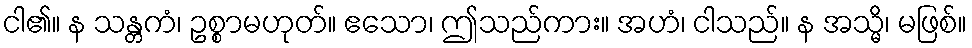
ငါ၏။ န သန္တကံ၊ ဥစ္စာမဟုတ်။ ဧသော၊ ဤသည်ကား။ အဟံ၊ ငါသည်။ န အသ္မိ၊ မဖြစ်။